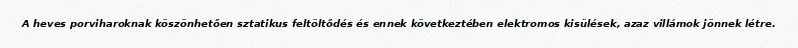
A heves porviharoknak köszönhetően sztatikus feltöltődés és ennek következtében elektromos kisülések, azaz villámok jönnek létre.